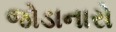
જોડાનારો